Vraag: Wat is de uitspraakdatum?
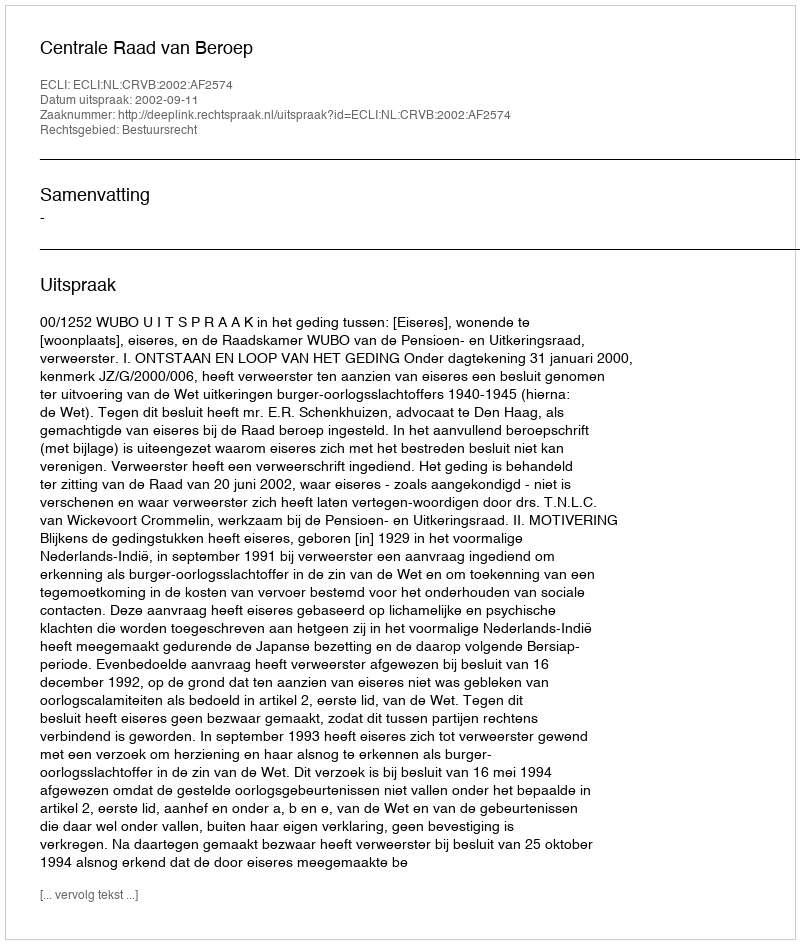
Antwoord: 2002-09-11